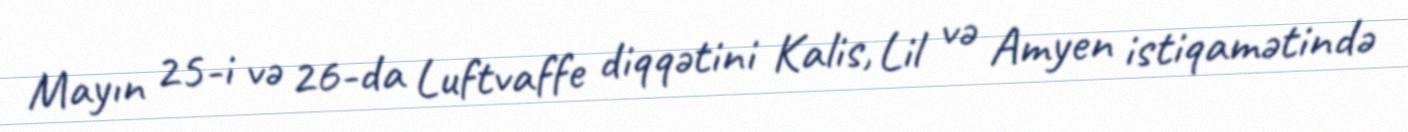
Mayın 25-i və 26-da Luftvaffe diqqətini Kalis, Lil və Amyen istiqamətində